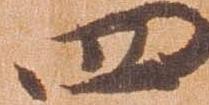
四